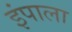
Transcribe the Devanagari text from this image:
इंपाला